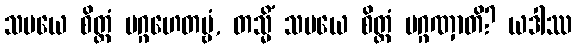
သမယေ စိတ္တံ ပဂ္ဂဟေတဗ္ဗံ, တသ္မိံ သမယေ စိတ္တံ ပဂ္ဂဏှာတိ? ယဒါဿ